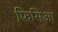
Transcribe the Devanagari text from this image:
फिसिआ